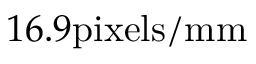
1 6 . 9 \mathrm { p i x e l s / m m }